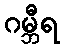
ဂမ္ဘီရ